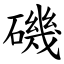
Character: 磯